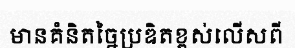
មានគំនិតច្នៃប្រឌិតខ្ពស់លើសពី